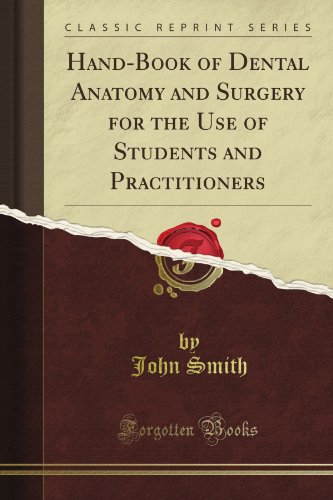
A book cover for Hand-Book of Dental Anatomy and Surgery for the Use of Students and Practitioners (Classic Reprint); John Smith; Medical Books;